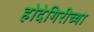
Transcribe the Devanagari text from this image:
होदेगिरीच्या